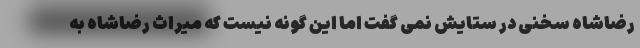
رضاشاه سخنی در ستایش نمی گفت اما این گونه نیست که میراث رضاشاه به